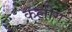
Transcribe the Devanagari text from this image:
कलीग